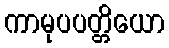
ကာမုပပတ္တိယော